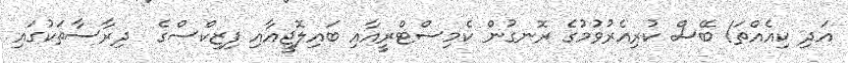
އަދި ކިއެއްތަ! ބޭސް ކުރިއެރުވުމުގެ ރޮނގުން ކެމިސްޓްރީއާއި ބައިލޮޖީއާއި ފިޒިކްސްގެ  ދިރާސާތަކުގައި